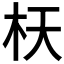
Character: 𣏿